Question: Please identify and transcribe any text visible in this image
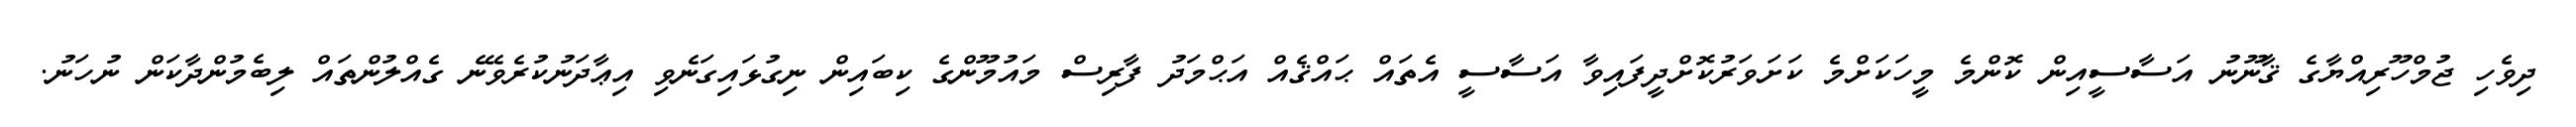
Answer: ދިވެހި ޖުމްހޫރިއްޔާގެ ޤާނޫނު އަސާސީއިން ކޮންމެ މީހަކަށްމެ ކަށަވަރުކޮށްދީފައިވާ އަސާސީ އެތައް ޙައްޤެއް އަޙްމަދު ފާރިސް މައުމޫންގެ ކިބައިން ނިގުޅައިގަނެވި އިޢާދަނުކުރެވޭނެ ގެއްލުންތައް ލިބެމުންދާކަން ނުހަނު.